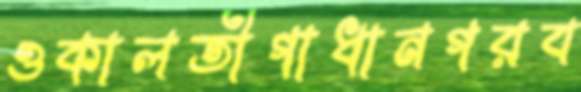
ওকালতীগাধানগরব